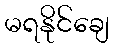
မရနိုင်ချေ